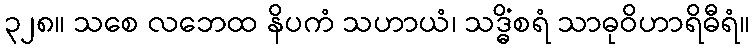
၃၂၈။ သစေ လဘေထ နိပကံ သဟာယံ၊ သဒ္ဓိံစရံ သာဓုဝိဟာရိဓီရံ။